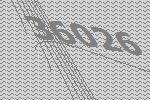
36026